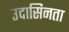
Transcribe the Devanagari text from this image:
उदासिनता